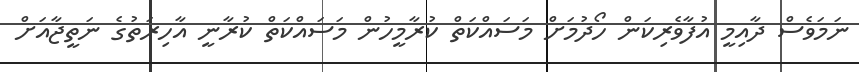
ނަމަވެސް ދާއިމީ އުފާވެރިކަން ހޯދުމަށް މަސައްކަތް ކުރާމީހުން މަސައްކަތް ކުރާނީ އާހިރަތުގެ ނަތީޖާއަށް